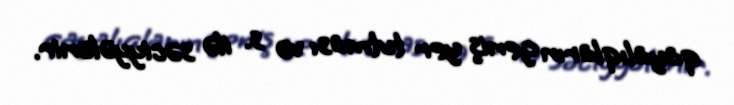
qayalıqların geniş yer tutması və s. ilə səciyyələnir.